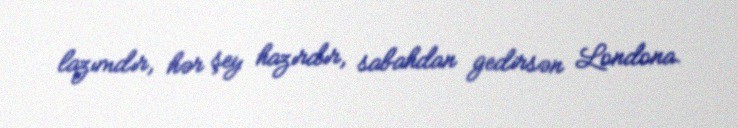
lazımdır, hər şey hazırdır, sabahdan gedirsən Londona.